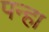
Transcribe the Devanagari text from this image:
पन्हा